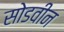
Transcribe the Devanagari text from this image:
सोडवीन